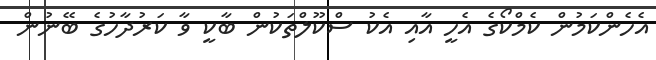
އެހެންކަމުން ކެމްކޯގެ އެހީ އާއި އެކު ސްކޫލްތަކުން ބާކީ ވާ ކަރުދާހުގެ ބޭނުން